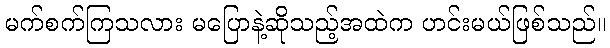
မက်စက်ကြသလား မပြောနဲ့ဆိုသည့်အထဲက ဟင်းမယ်ဖြစ်သည်။